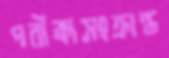
পরীক্ষাসংক্রান্ত